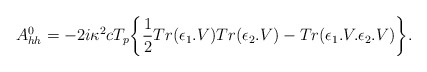
\begin{align*}A_{hh}^0=-2i\kappa^2cT_{p}\bigg\{{1\over2}Tr(\epsilon_1.V)Tr(\epsilon_2.V)-Tr(\epsilon_1.V.\epsilon_2.V)\bigg\}.\end{align*}